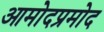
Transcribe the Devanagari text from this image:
आमोदप्रमोद